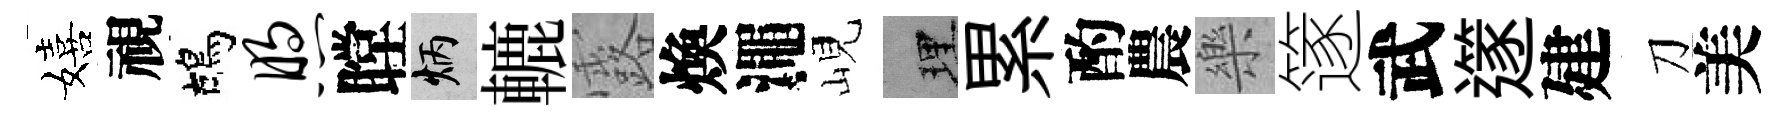
嬉視鴣煦瞠炳轆露煥澠峴理累酌農樂篴武𨗹建刀美